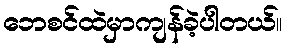
ဘေစင်ထဲမှာကျန်ခဲ့ပါတယ်။